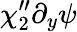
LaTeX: \chi_{2}^{\prime\prime}\partial_{y}\psi